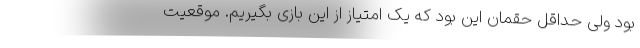
بود ولی حداقل حقمان این بود که یک امتیاز از این بازی بگیریم. موقعیت